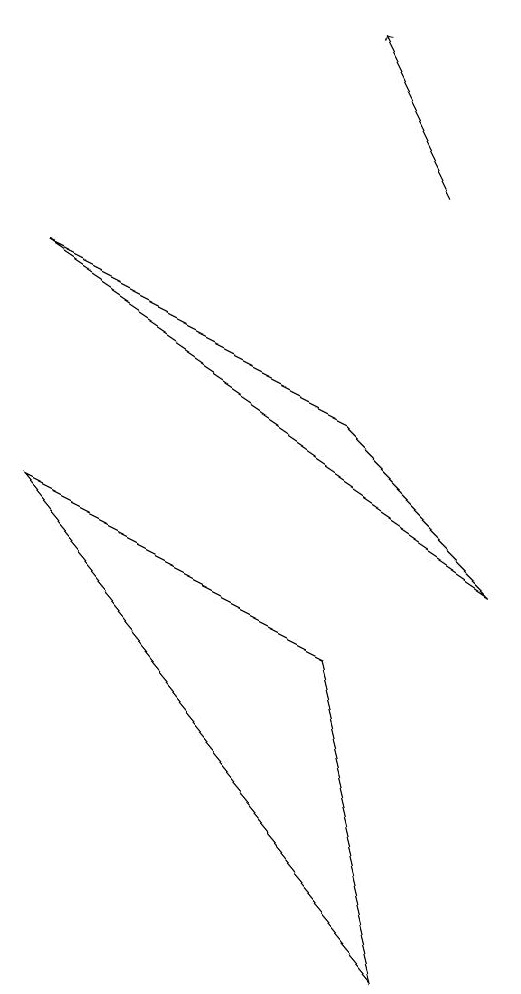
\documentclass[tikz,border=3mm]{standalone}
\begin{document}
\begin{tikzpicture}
\draw (7,0) -- (2,6) -- (6,4) -- cycle;
\draw[->] (7,10) -- (6,12);
\draw (8,5) -- (6,7) -- (2,9) -- cycle;
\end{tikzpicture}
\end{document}